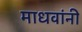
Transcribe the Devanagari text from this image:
माधवांनी